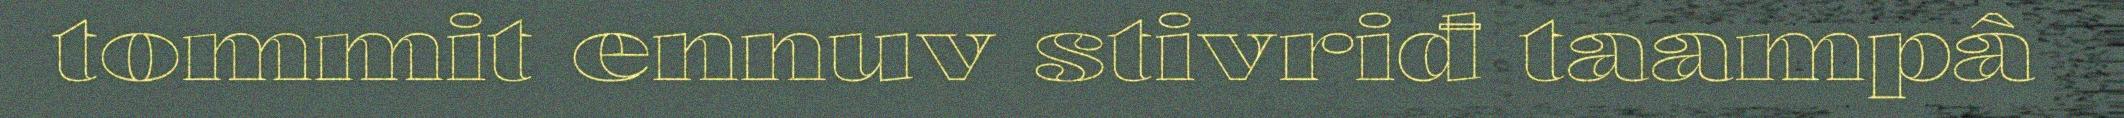
tommit ennuv stivriđ taampâ